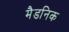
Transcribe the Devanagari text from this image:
मैडनिक